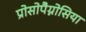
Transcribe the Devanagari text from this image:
प्रोसोपैग्नोसिया